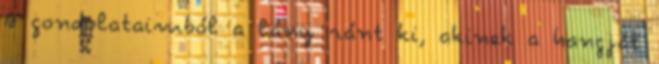
A gondolataimból a lány ránt ki, akinek a hangját